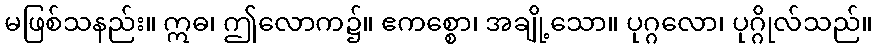
မဖြစ်သနည်း။ ဣဓ၊ ဤလောက၌။ ဧကစ္စော၊ အချို့သော။ ပုဂ္ဂလော၊ ပုဂ္ဂိုလ်သည်။